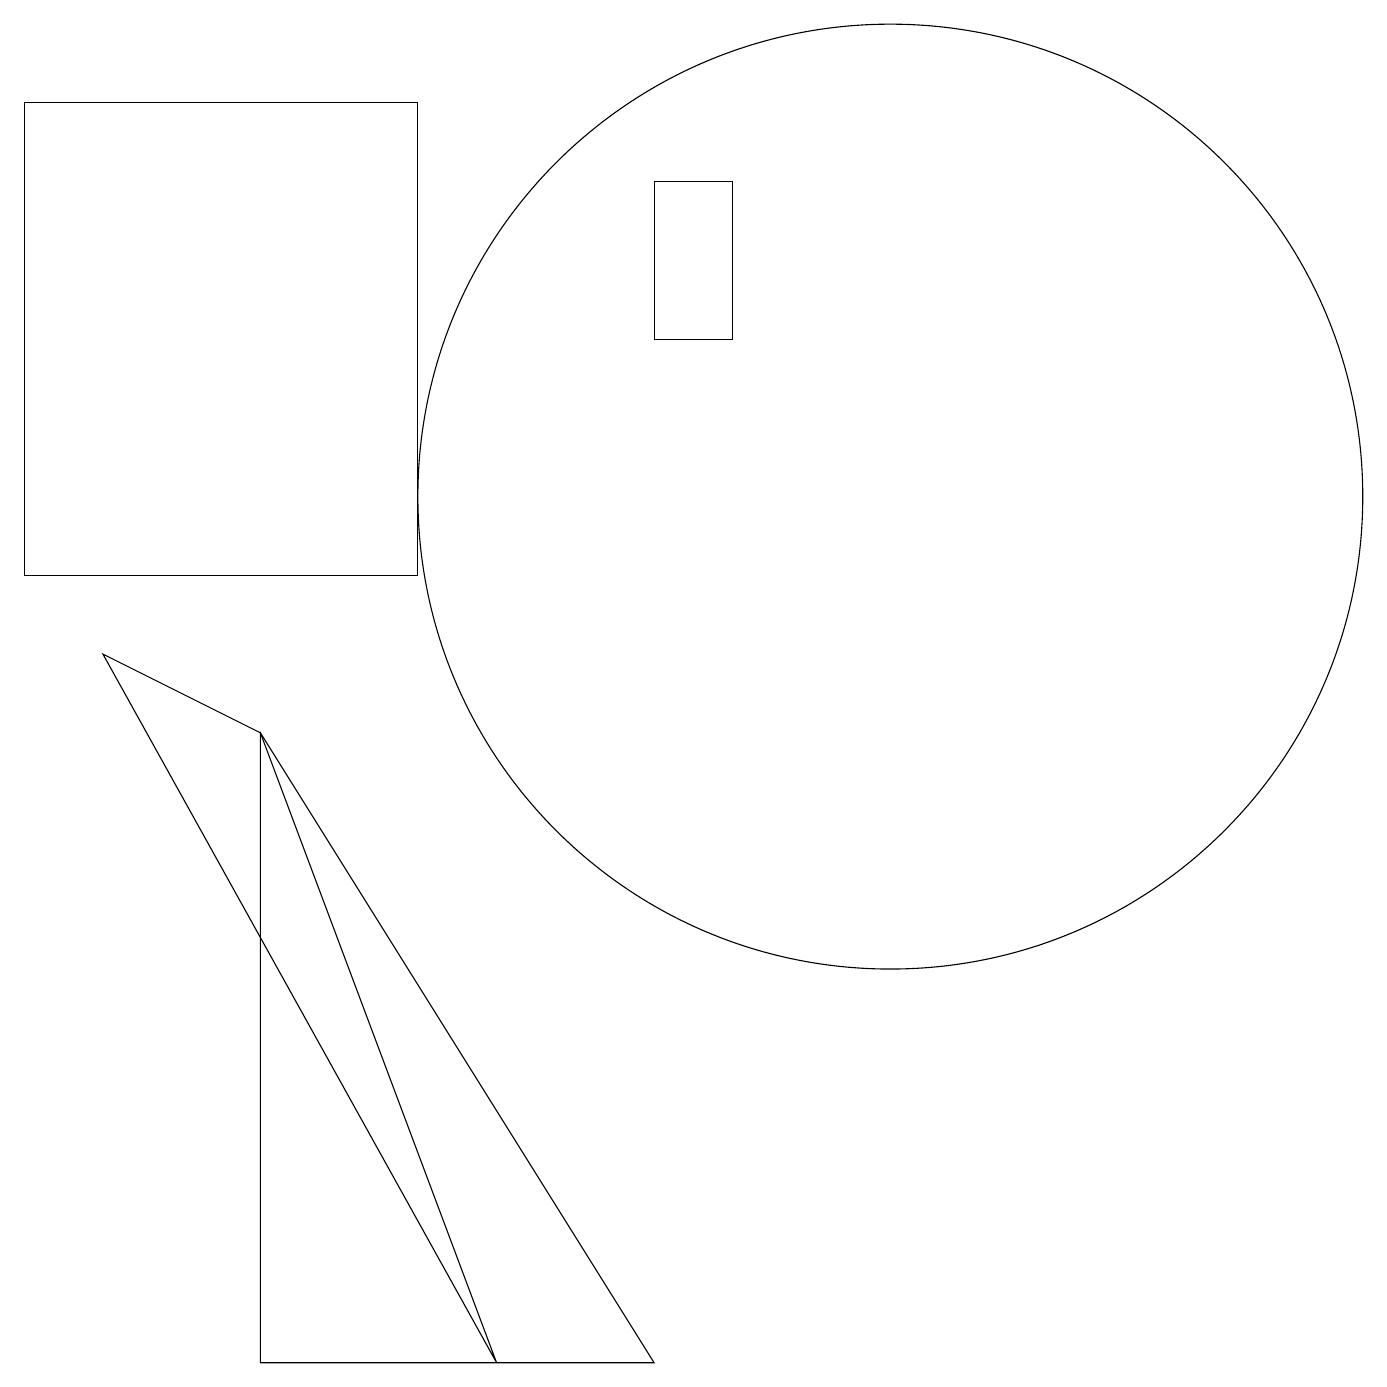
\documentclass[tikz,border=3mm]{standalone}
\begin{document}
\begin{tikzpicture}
\draw (1,9) -- (6,0) -- (3,8) -- cycle;
\draw (11,11) circle (6);
\draw (9,15) rectangle (8,13);
\draw (3,8) -- (3,0) -- (8,0) -- cycle;
\draw (5,16) rectangle (0,10);
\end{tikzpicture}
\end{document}